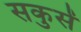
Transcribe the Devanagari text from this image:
सकुसें